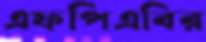
এফপিএবির